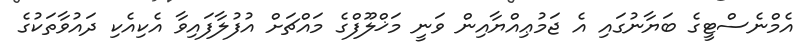
އެމްނެސްޓީގެ ބަޔާނުގައި އެ ޖަމުޢިއްޔާއިން ވަނީ މަޚްލޫފްގެ މައްޗަށް އުފުލާފައިވާ އެކިއެކި ދައުވާތަކުގެ